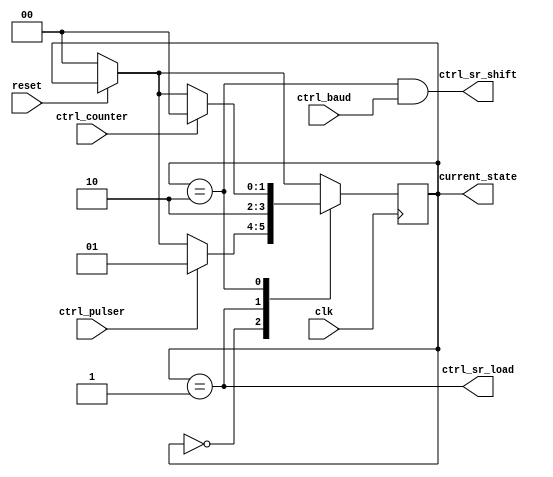
module tx_controller (input clk,
                      input reset,
                      input ctrl_pulser,
                      input ctrl_baud,
                      input ctrl_counter,
                      output ctrl_sr_load,
                      output reg [1:0] current_state,
                      output ctrl_sr_shift);

    // Define each state using a 2 bit binary number
    parameter state_0 = 2'b00;
    parameter state_load = 2'b01;
    parameter state_shift = 2'b10;

    // Assign the conditions in which the controller will tell the shift register to load or shift
    assign ctrl_sr_load = (current_state == state_load);
    assign ctrl_sr_shift = ((current_state == state_shift) & (ctrl_baud));

    // reg [1:0] current_state = state_0;

    initial
        current_state = state_0; // Set the first state to state_0

    always @(posedge clk) begin
        if (!reset)
            current_state <= state_0; // Upon reset assign state_0 as the first state

        case (current_state)
            state_0:
            // While in state_0 move to state_load upon a pulser output
                if (ctrl_pulser)
                    current_state <= state_load;
            state_load:
            // While in state_load move to state_shift after sending the load signal
                current_state <= state_shift;
            state_shift:
            // While in state_shift move to state_0 upon a counter output (when all bits are sent)
                if (ctrl_counter)
                    current_state <= state_0;
        endcase
    end
endmodule